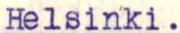
Helsinki.